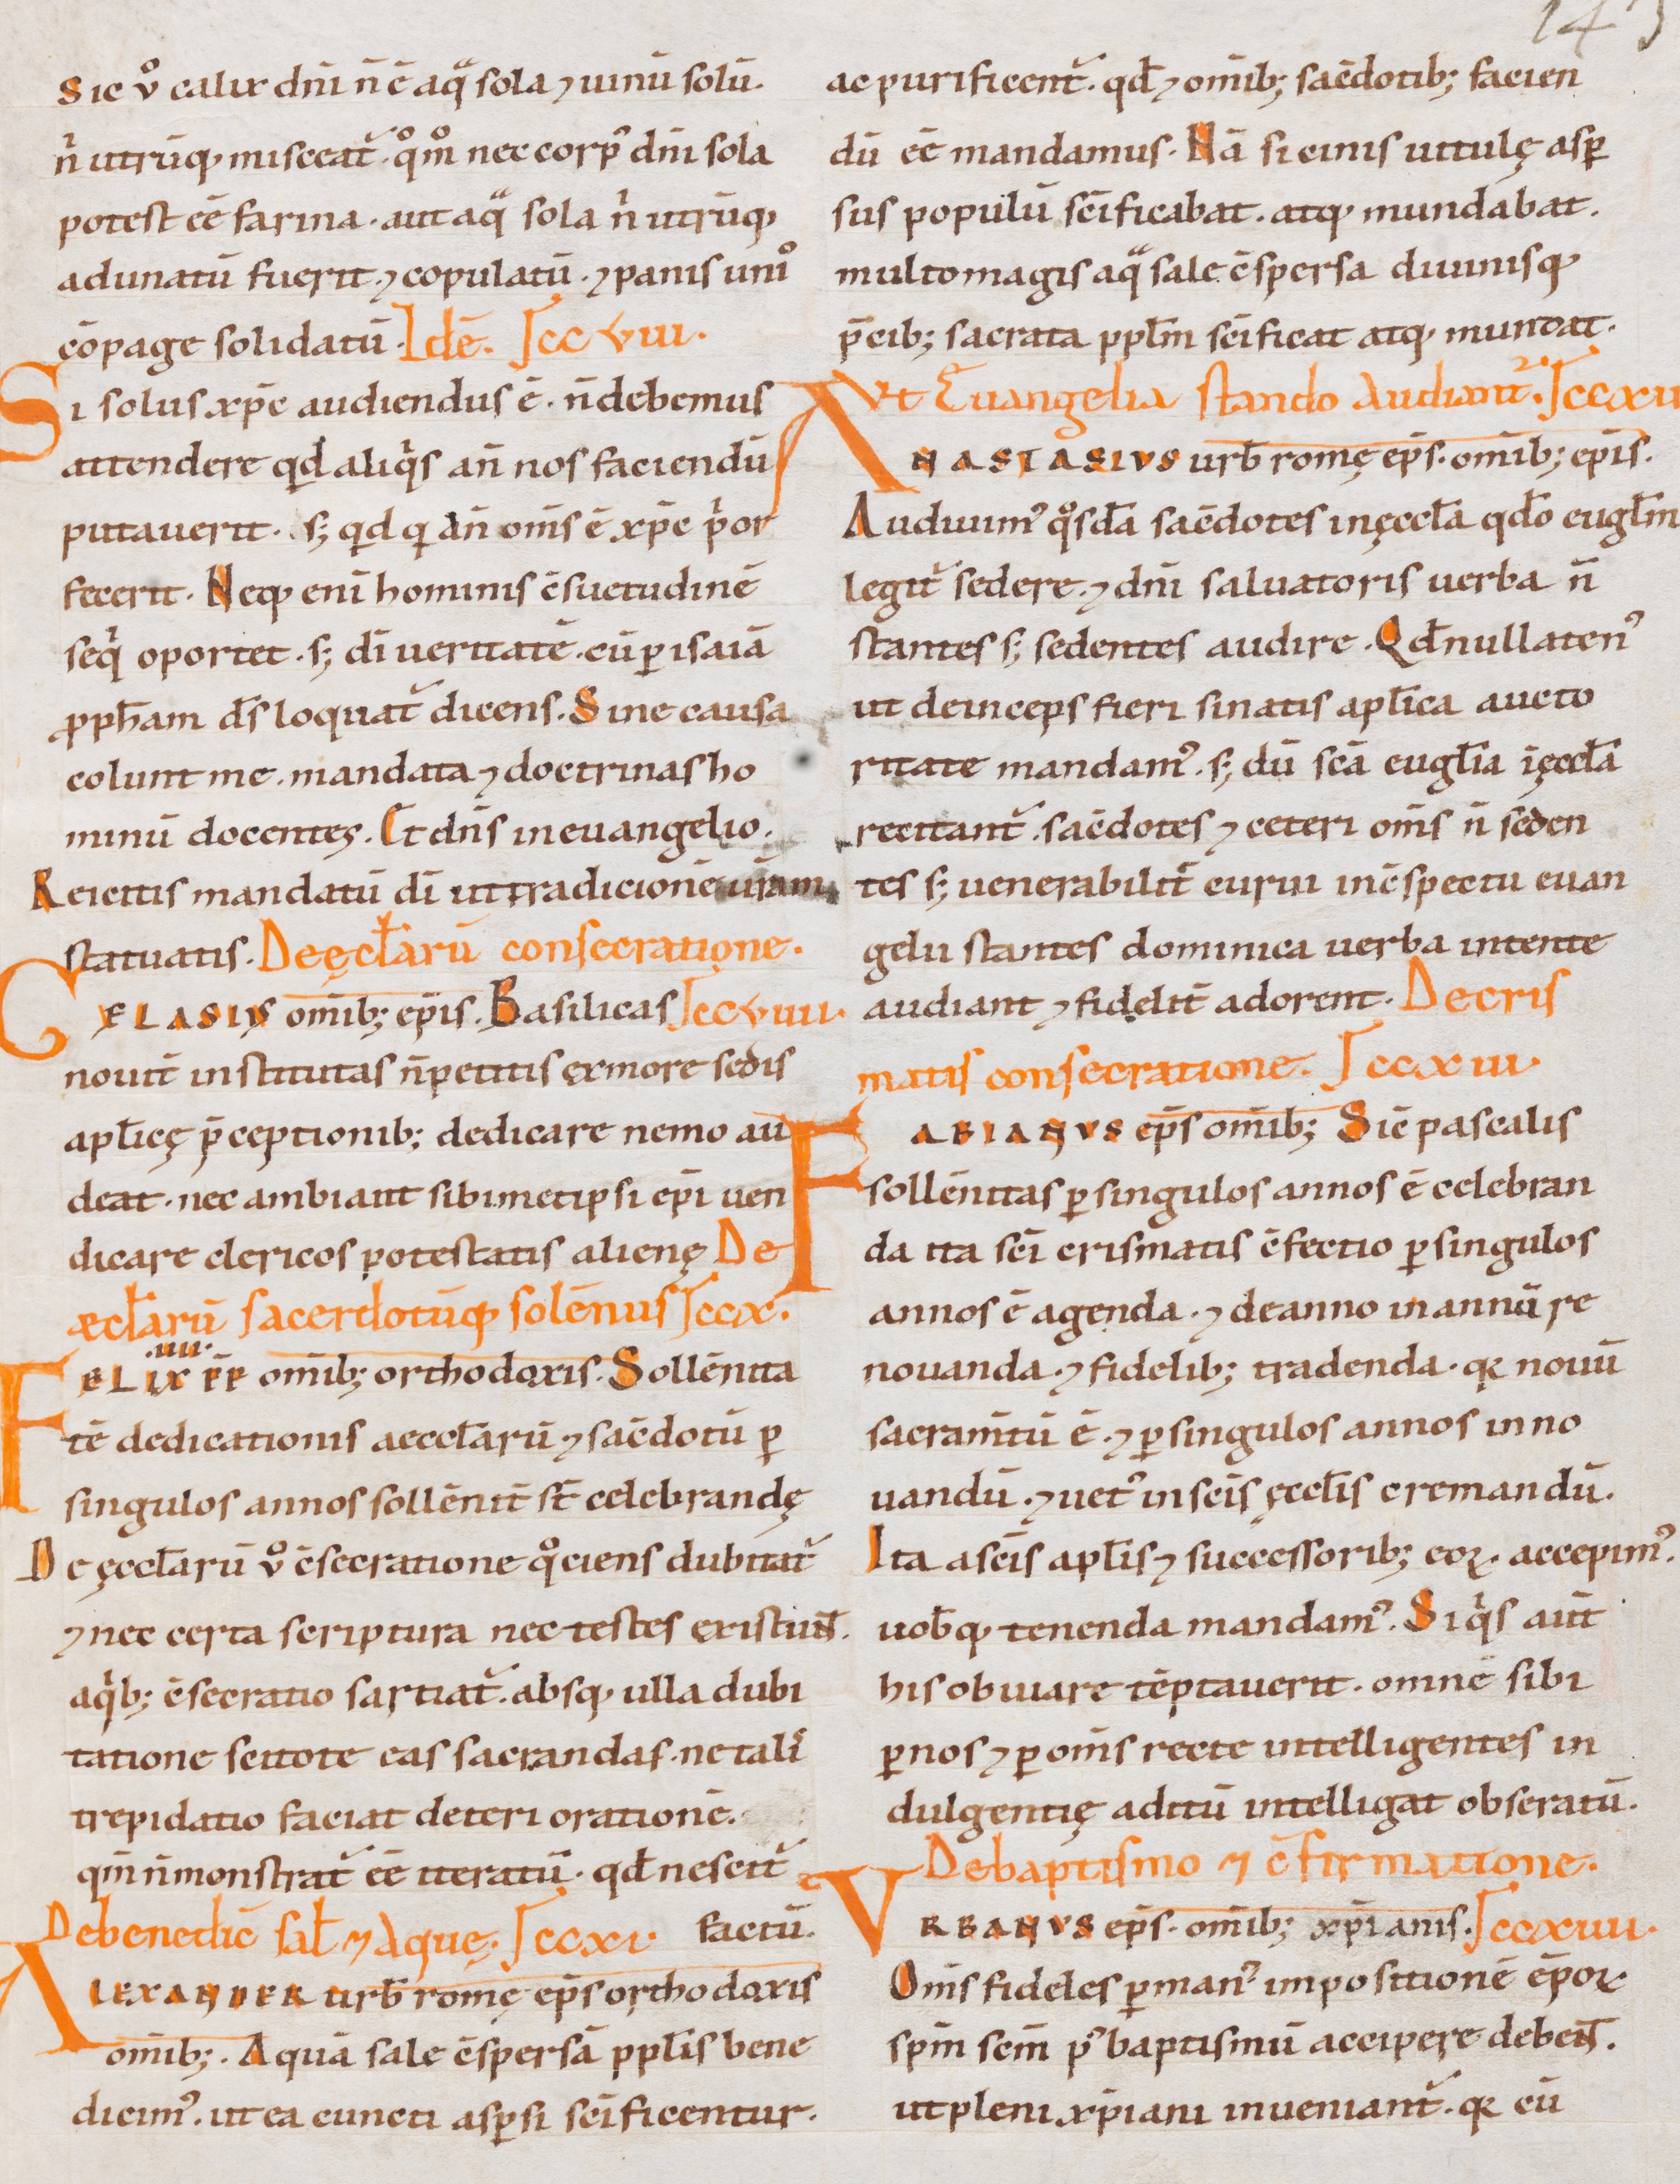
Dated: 1000–1199